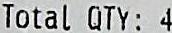
TOTAL QTY: 4